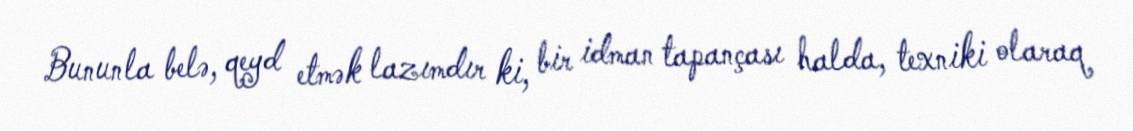
Bununla belə, qeyd etmək lazımdır ki, bir idman tapançası halda, texniki olaraq